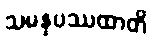
သမနုပဿထာတိ